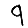
Digit: 9